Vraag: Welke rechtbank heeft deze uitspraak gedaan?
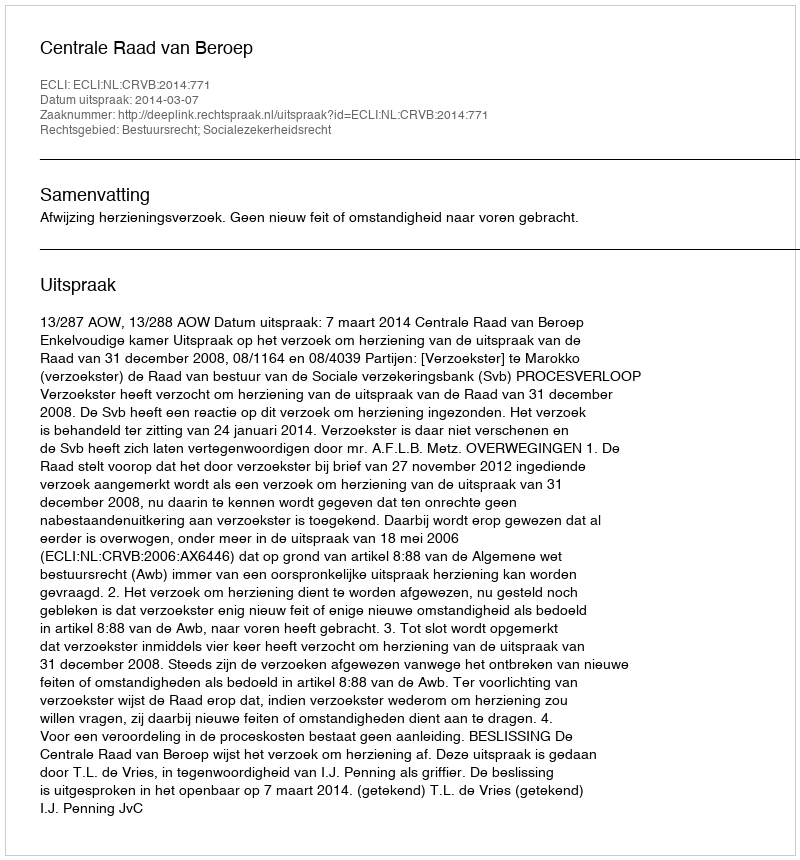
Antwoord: Centrale Raad van Beroep